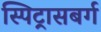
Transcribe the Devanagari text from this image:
स्पिट्रासबर्ग